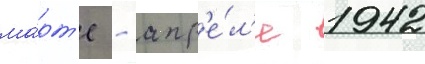
ма́рт'е - апр'е́л'е 1942